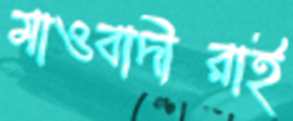
মাওবাদীরাই